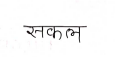
मजकूर: सकल